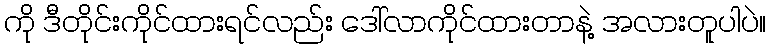
ကို ဒီတိုင်းကိုင်ထားရင်လည်း ဒေါ်လာကိုင်ထားတာနဲ့ အလားတူပါပဲ။